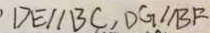
D E / / B C , D G / / B F